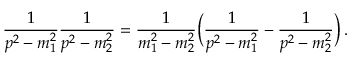
\frac { 1 } { p ^ { 2 } - m _ { 1 } ^ { 2 } } \frac { 1 } { p ^ { 2 } - m _ { 2 } ^ { 2 } } = \frac { 1 } { m _ { 1 } ^ { 2 } - m _ { 2 } ^ { 2 } } \bigg ( \frac { 1 } { p ^ { 2 } - m _ { 1 } ^ { 2 } } - \frac { 1 } { p ^ { 2 } - m _ { 2 } ^ { 2 } } \bigg ) \, .